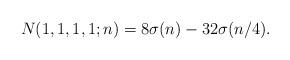
LaTeX: \begin{align*}N(1,1,1,1;n)=8\sigma(n) - 32 \sigma (n/4).\end{align*}